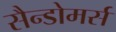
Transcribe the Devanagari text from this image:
सैन्डोमर्स